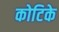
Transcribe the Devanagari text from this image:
कोटिके